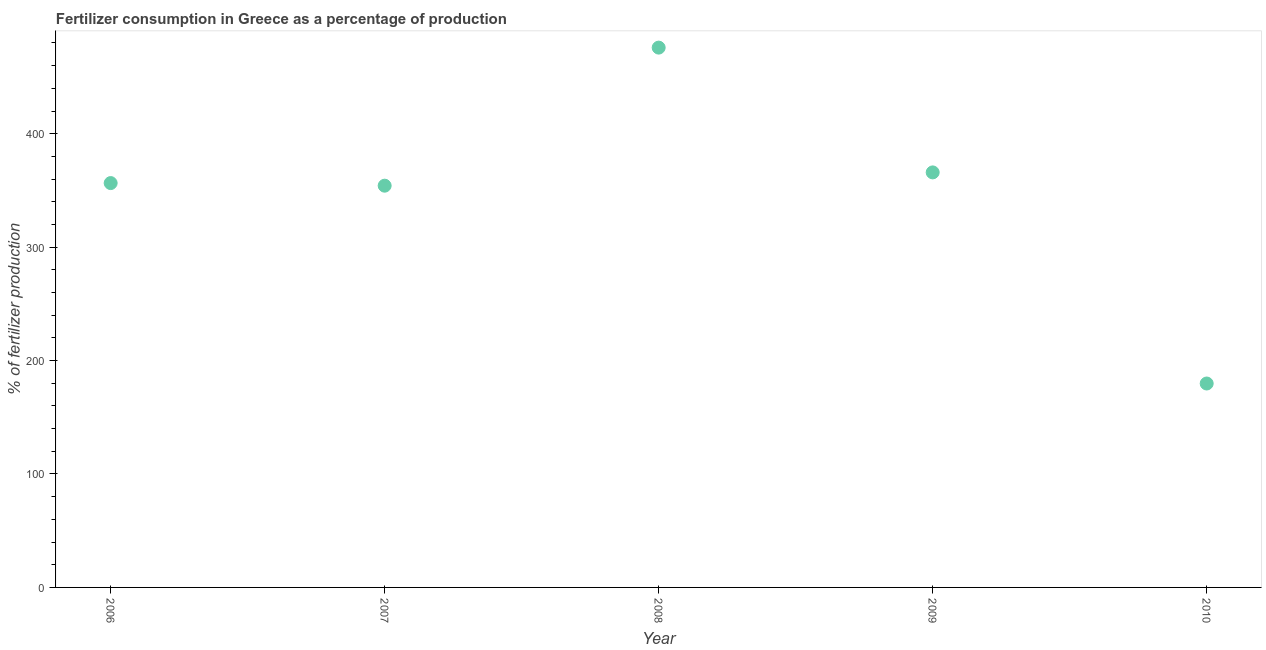
| Year | Fertilizer consumption |
 | --- | --- |
 | 2006 | 356 |
 | 2007 | 354 |
 | 2008 | 476 |
 | 2009 | 366 |
 | 2010 | 180 |